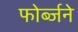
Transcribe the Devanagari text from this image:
फोर्ब्जने